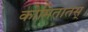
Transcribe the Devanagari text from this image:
कोमितातस्